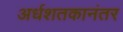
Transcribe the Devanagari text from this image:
अर्धशतकानंतर